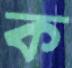
ক